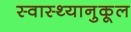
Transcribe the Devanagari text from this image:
स्वास्थ्यानुकूल